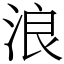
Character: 浪